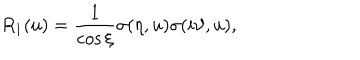
R _ { 1 } ( u ) = \frac { 1 } { \cos \xi } \sigma ( \eta , u ) \sigma ( i \vartheta , u ) ,